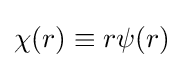
\chi (r)\equiv r\psi (r)